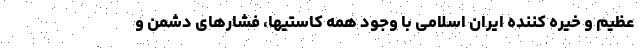
عظیم و خیره کننده ایران اسلامی با وجود همه کاستیها، فشارهای دشمن و